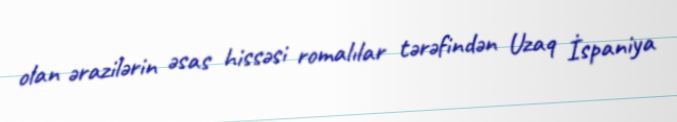
olan ərazilərin əsas hissəsi romalılar tərəfindən Uzaq İspaniya